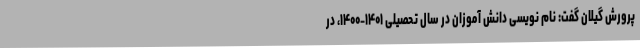
پرورش گیلان گفت: نام نویسی دانش آموزان در سال تحصیلی ۱۴۰۱-۱۴۰۰، در